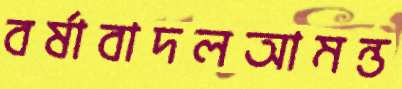
বর্ষাবাদলআমন্ত